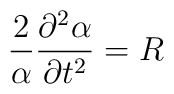
\frac{2}{\alpha}\frac{ \partial^2 \alpha}{\partial t^2}  =  R